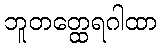
ဘူတတ္ထေရဂါထာ